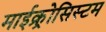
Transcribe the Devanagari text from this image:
माईक्र्रोसिस्टम